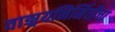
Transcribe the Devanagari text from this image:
वाङ्मयनिर्मितीचा